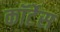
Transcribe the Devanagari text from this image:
कॉर्टेस